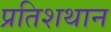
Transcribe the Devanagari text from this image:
प्रतिशथान